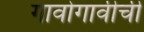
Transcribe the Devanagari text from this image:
गावोगावीची